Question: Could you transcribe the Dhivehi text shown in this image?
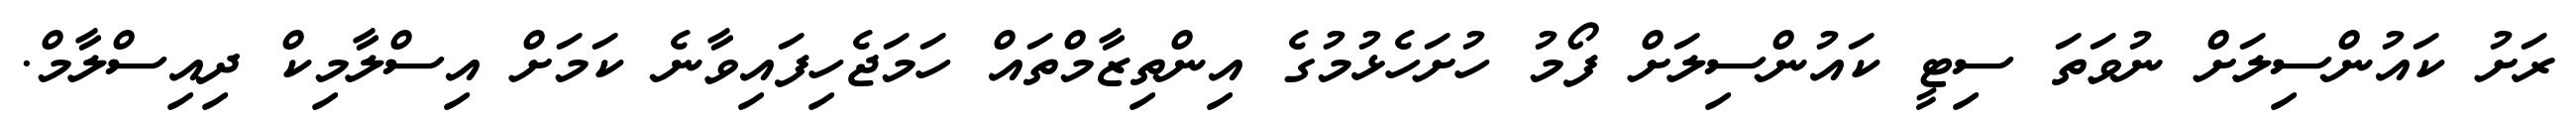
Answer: ރަށު ކައުންސިލަށް ނުވަތަ ސިޓީ ކައުންސިލަށް ފޯމު ހުށަހެޅުމުގެ އިންތިޒާމްތައް ހަމަޖެހިފައިވާނެ ކަމަށް އިސްލާމިކް ދިއިސްލާމް.